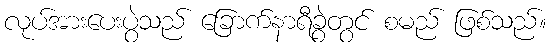
လုပ်အားပေးပွဲသည် ခြောက်နာရီခွဲတွင် စမည် ဖြစ်သည်။